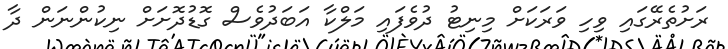
ރަށުތެރޭގައި ވިހި ވަރަކަށް މިނިޓު ދުވެފައި މަލްކާ އަބަދުވެސް ގޮޑުދޮށަށް ނިކުންނަން ދާ